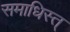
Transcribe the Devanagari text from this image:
समाधिस्त्